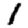
Digit: 1